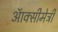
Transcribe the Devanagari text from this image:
ऑक्सीमेट्री